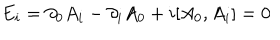
LaTeX: E _ { i } = \partial _ { 0 } A _ { i } - \partial _ { i } A _ { 0 } + i [ A _ { 0 } , A _ { i } ] = 0